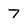
Character: 7